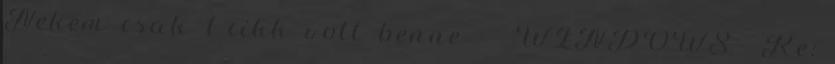
Nekem csak 1 cikk volt benne - WINDOWS Re: